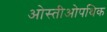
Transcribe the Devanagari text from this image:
ओस्तीओपथिक